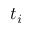
t _ { i }